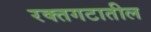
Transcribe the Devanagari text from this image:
रक्तगटातील